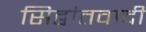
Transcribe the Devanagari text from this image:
सिद्वांतवादी